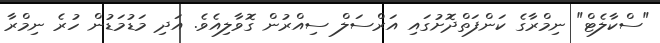
"ސްކާލެޓް" ނިމްރާގެ ކަންފަތްދޮށުގައި އަރްސަލް ސިއްރުން ގޮވާލިއެވެ. އަދި މަޑުމަޑުން ހުރެ ނިމްރާ